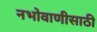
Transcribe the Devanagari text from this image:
नभोवाणीसाठी